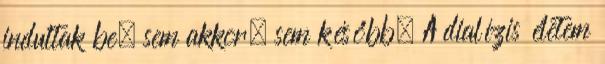
indultak be, sem akkor, sem később. A dialízis életem